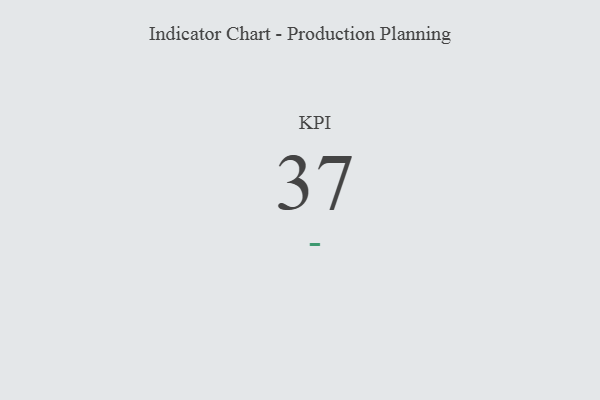
{"axis": {"x": "KPI", "y": "Value"}, "legend": [""], "data": [{"x": "KPI", "y": 37, "type": ""}]}